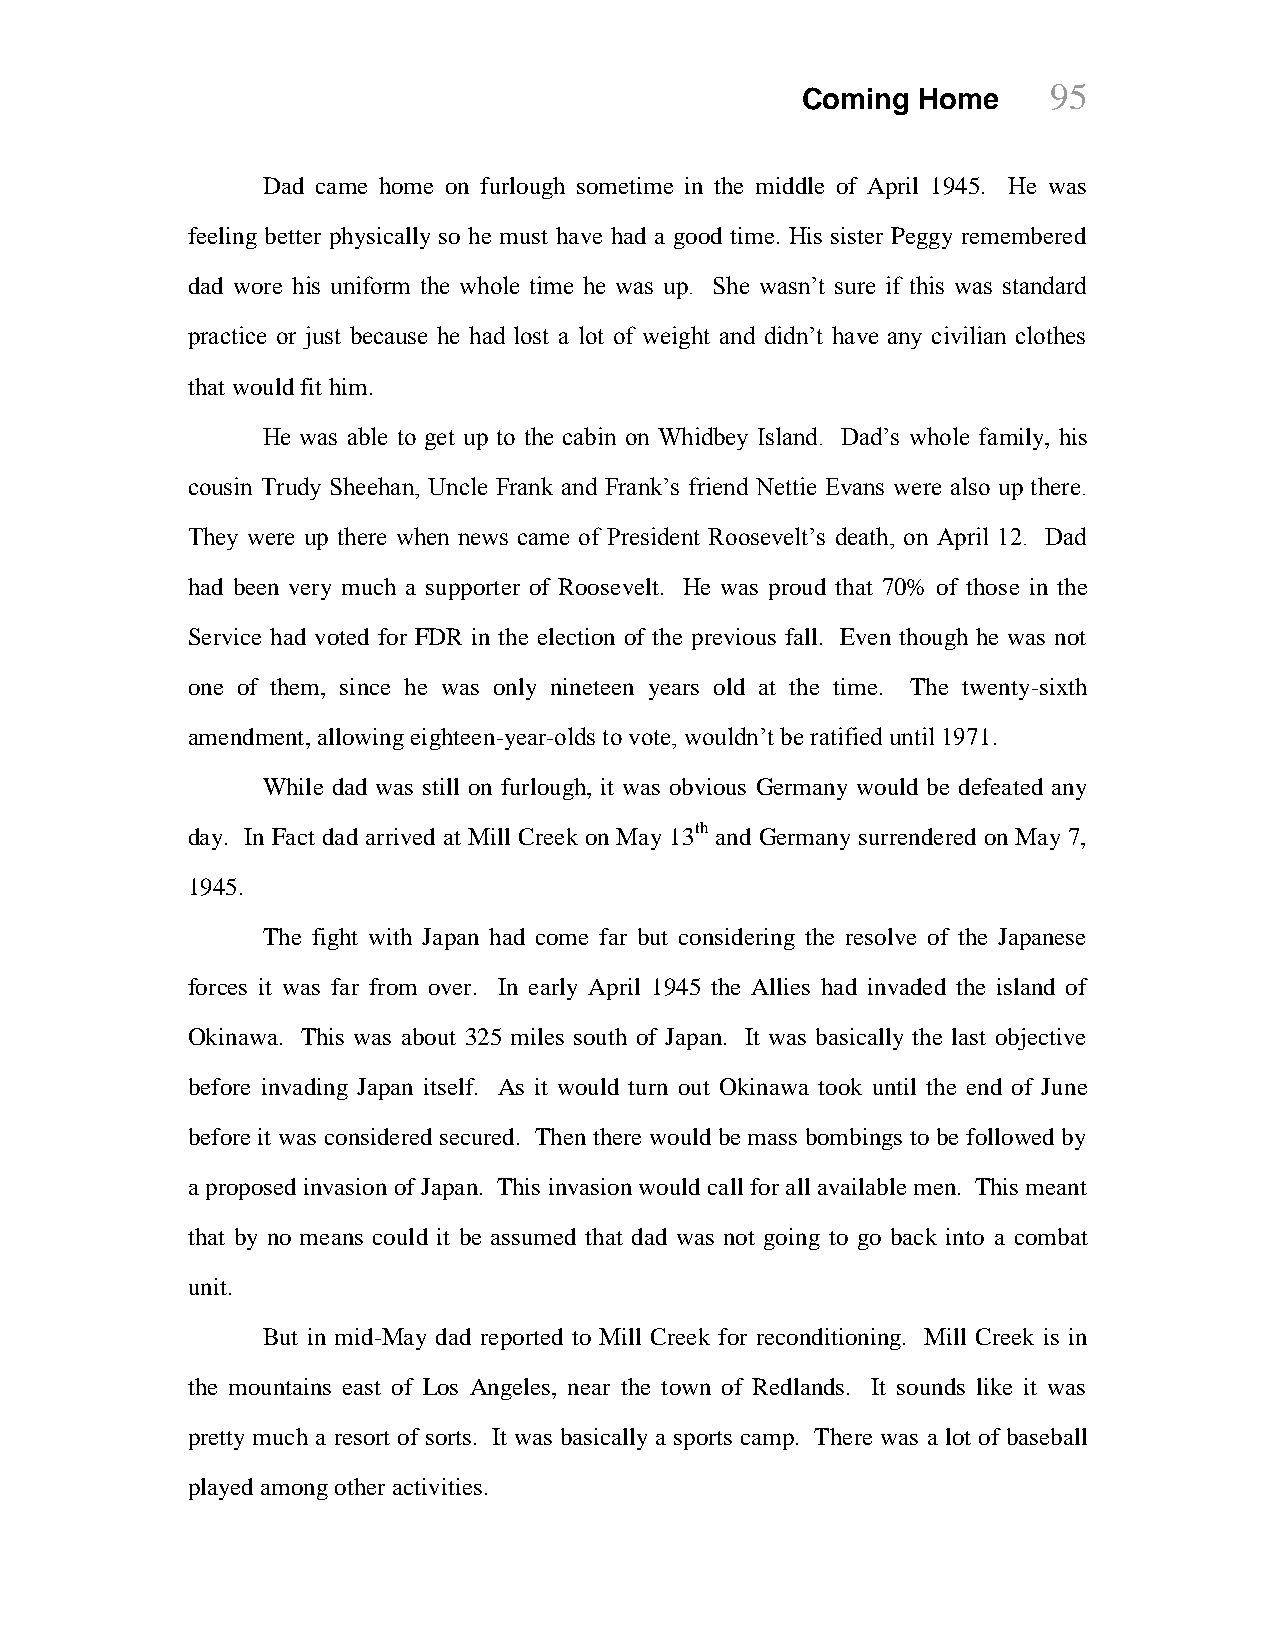
95
 Coming  Home
 Dad came home on furlough sometime in the middle of April 1945. He was
 feeling better physically so he must have had a good time. His sister Peggy remembered
 dad wore his uniform the whole time he was up. She wasn’t sure if this was standard
 practice or just because he had lost a lot of weight and didn’t have any civilian clothes
 that would fit him.
 He was able to get up to the cabin on Whidbey Island. Dad’s whole family, his
 cousin Trudy Sheehan, Uncle Frank and Frank’s friend Nettie Evans were also up there.
 They were up there when news came of President Roosevelt’s death, on April 12. Dad
 had been very much a supporter of Roosevelt. He was proud that 70% of those in the
 Service had voted for FDR in the election of the previous fall. Even though he was not
 one of them, since he was only nineteen years old at the time. The twenty-sixth
 amendment, allowing eighteen-year-olds to vote, wouldn’t be ratified until 1971.
 While dad was still on furlough, it was obvious Germany would be defeated any
 day. In Fact dad arrived at Mill Creek on May 13th and Germany surrendered on May 7,
 1945.
 The fight with Japan had come far but considering the resolve of the Japanese
 forces it was far from over. In early April 1945 the Allies had invaded the island of
 Okinawa. This was about 325 miles south of Japan. It was basically the last objective
 before invading Japan itself. As it would turn out Okinawa took until the end of June
 before it was considered secured. Then there would be mass bombings to be followed by
 a proposed invasion of Japan. This invasion would call for all available men. This meant
 that by no means could it be assumed that dad was not going to go back into a combat
 unit.
 But in mid-May dad reported to Mill Creek for reconditioning. Mill Creek is in
 the mountains east of Los Angeles, near the town of Redlands. It sounds like it was
 pretty much a resort of sorts. It was basically a sports camp. There was a lot of baseball
 played among other activities.